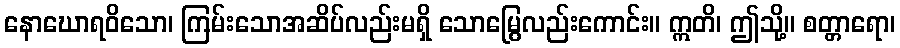
နောဃောရဝိသော၊ ကြမ်းသောအဆိပ်လည်းမရှိ သောမြွေလည်းကောင်း။ ဣတိ၊ ဤသို့။ စတ္တာရော၊